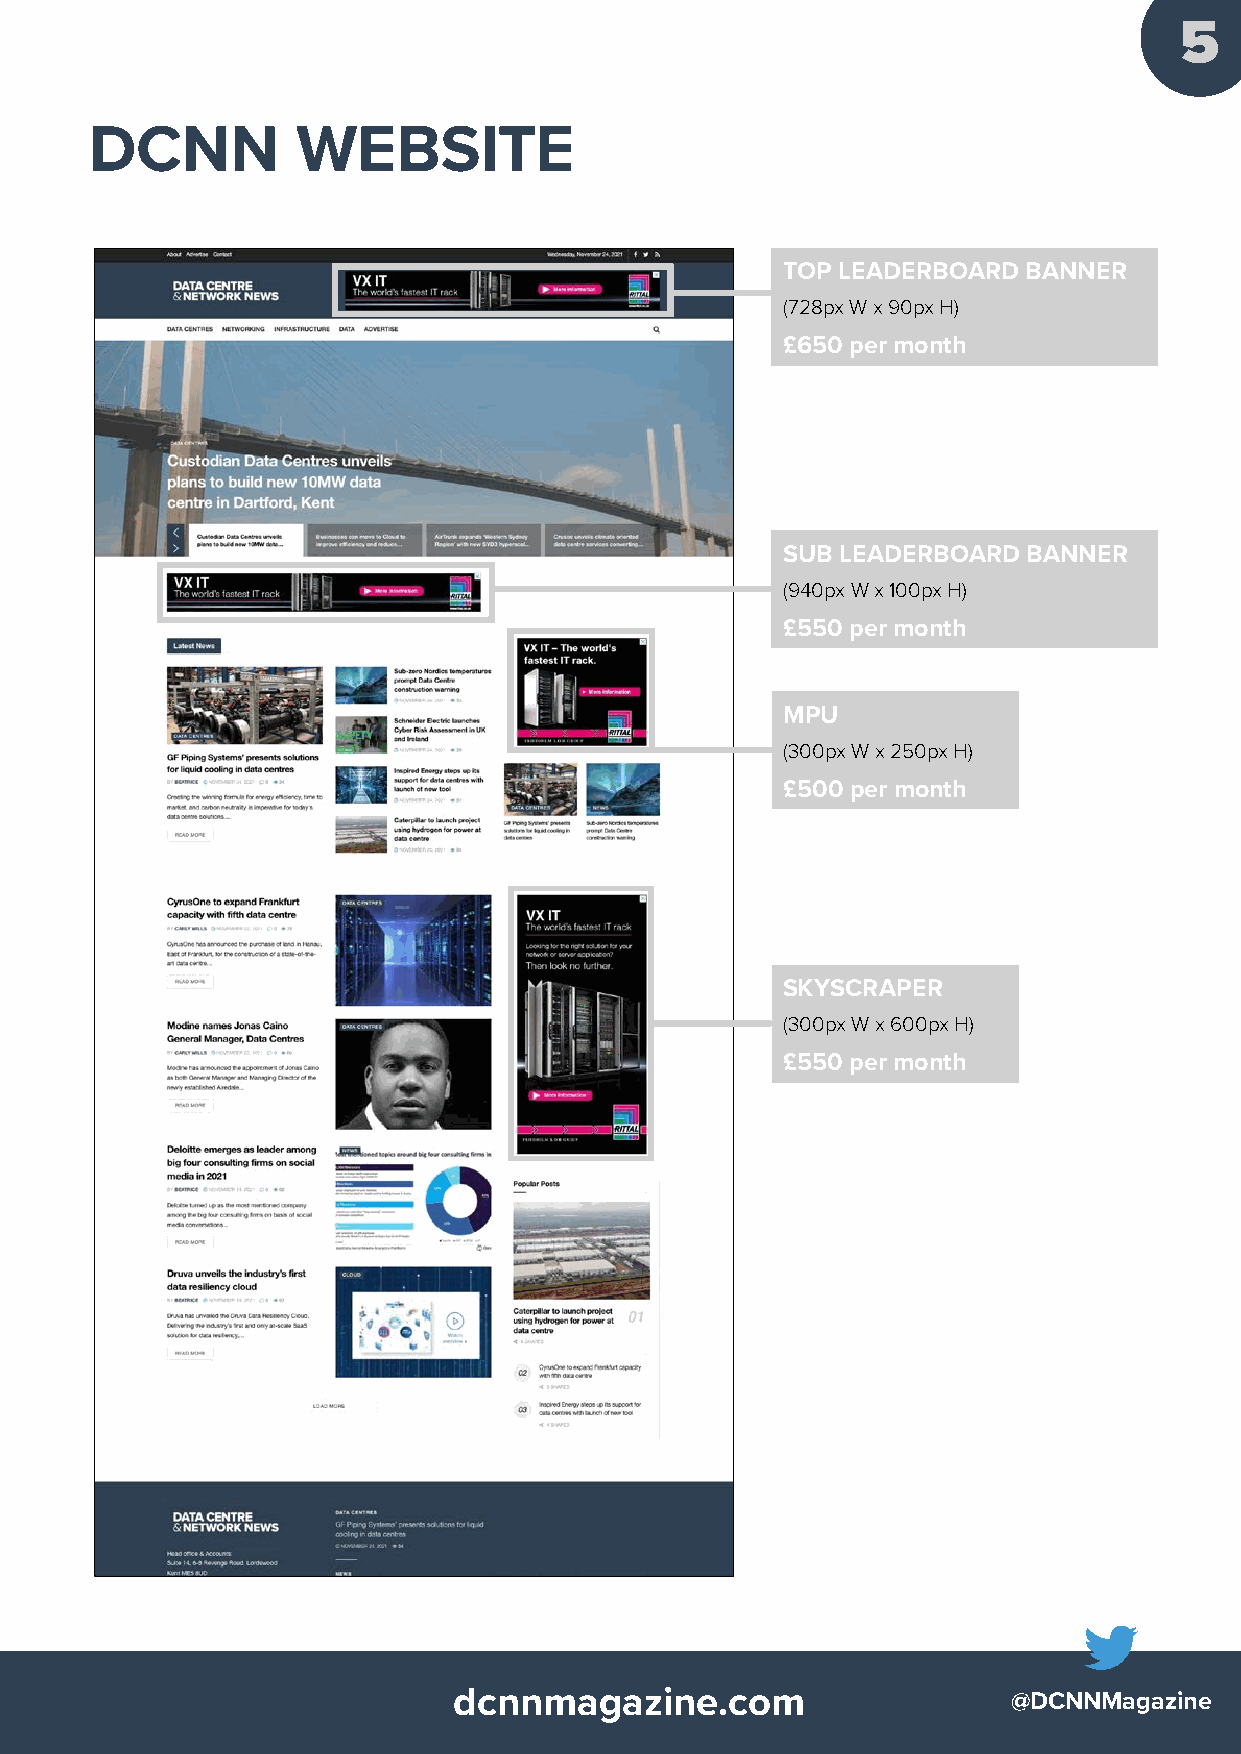
5
 DCNN          WEBSITE
 TOP LEADERBOARD BANNER
 (728px W x 90px H)
 £650 per month
 SUB LEADERBOARD BANNER
 (940px W x 100px H)
 £550 per month
 MPU
 (300px W x 250px H)
 £500 per month
 SKYSCRAPER
 (300px W x 600px H)
 £550 per month
 dcnnmagazine.com                     @DCNNMagazine